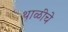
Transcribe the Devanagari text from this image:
थाळीचे